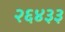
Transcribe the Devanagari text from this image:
२६४३३